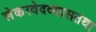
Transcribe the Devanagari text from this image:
लेकरवेदव्यासतथा